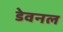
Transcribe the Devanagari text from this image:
डेवनल